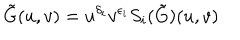
LaTeX: \tilde { G } ( u , v ) = u ^ { \delta _ { i } } v ^ { \epsilon _ { i } } S _ { i } ( \tilde { G } ) ( u , v )